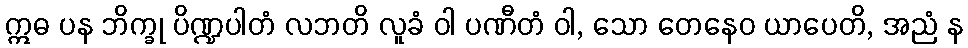
ဣဓ ပန ဘိက္ခု ပိဏ္ဍပါတံ လဘတိ လူခံ ဝါ ပဏီတံ ဝါ, သော တေနေဝ ယာပေတိ, အညံ န